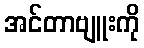
အင်တာဗျူးကို